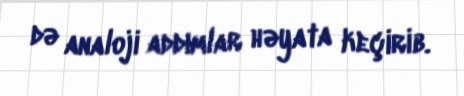
də analoji addımlar həyata keçirib.